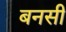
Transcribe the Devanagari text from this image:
बनसी